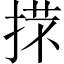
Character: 𢯒